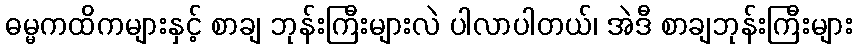
ဓမ္မကထိကများနှင့် စာချ ဘုန်းကြီးများလဲ ပါလာပါတယ်၊ အဲဒီ စာချဘုန်းကြီးများ